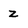
Character: z